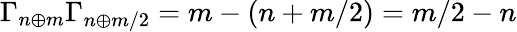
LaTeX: \Gamma_{n\oplus m}\Gamma_{n\oplus m/2}=m-(n+m/2)=m/2-n